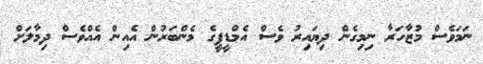
ނަމަވެސް މުޒާހަރާ ނިމިގެން ދިޔައިރު ވެސް އެމްޑީޕީގެ މެންބަރުން އެއިން އެއްވެސް ދިމާލަށް